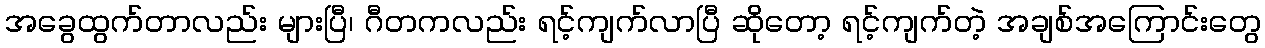
အခွေထွက်တာလည်း များပြီ၊ ဂီတကလည်း ရင့်ကျက်လာပြီ ဆိုတော့ ရင့်ကျက်တဲ့ အချစ်အကြောင်းတွေ